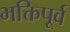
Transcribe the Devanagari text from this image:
भक्तिपूर्व